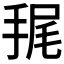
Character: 𢭶